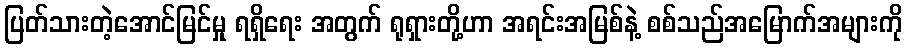
ပြတ်သားတဲ့အောင်မြင်မှု ရရှိရေး အတွက် ရုရှားတို့ဟာ အရင်းအမြစ်နဲ့ စစ်သည်အမြောက်အများကို